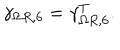
\gamma _ { \Omega R , 6 } = \gamma _ { \Omega R , 6 } ^ { T } .